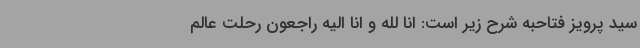
سید پرویز فتاحبه شرح زیر است: انا لله و انا الیه راجعون رحلت عالم